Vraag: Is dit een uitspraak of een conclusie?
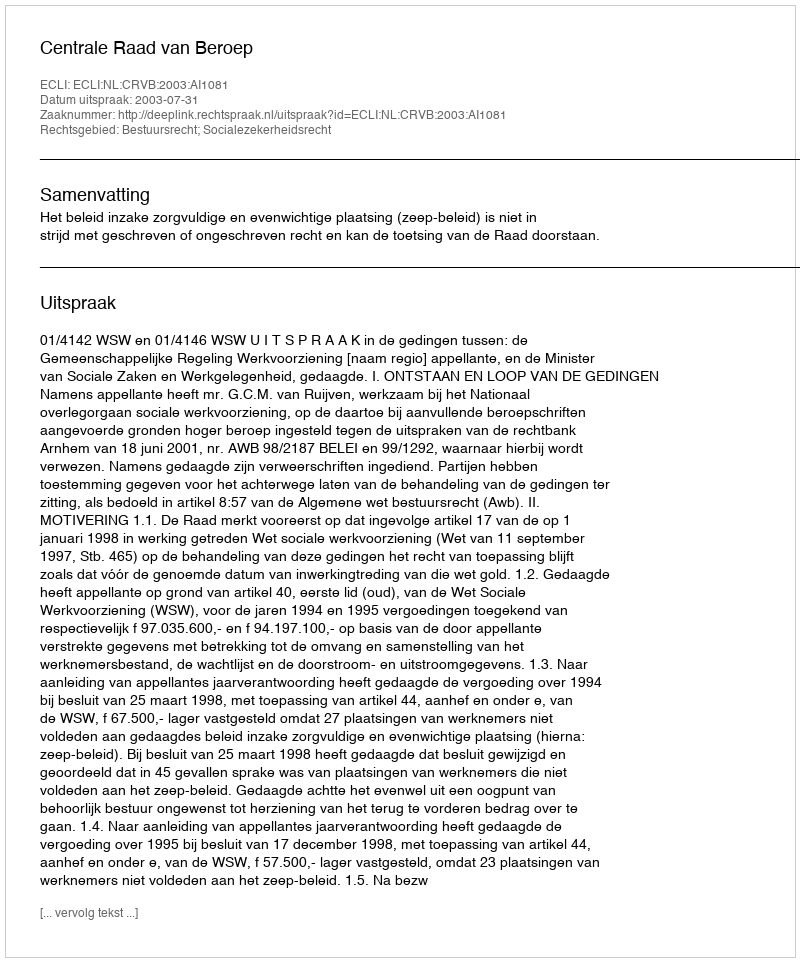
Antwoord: Uitspraak